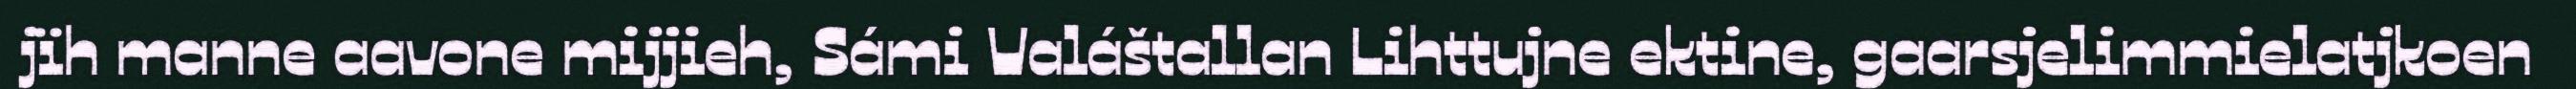
jïh manne aavone mijjieh, Sámi Valáštallan Lihttujne ektine, gaarsjelimmielatjkoen